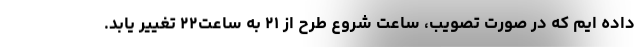
داده ایم که در صورت تصویب، ساعت شروع طرح از ۲۱ به ساعت۲۲ تغییر یابد.